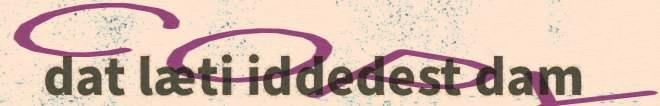
dat læti iddedest dam